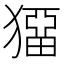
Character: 𤡼